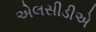
એલસીડીએ